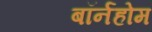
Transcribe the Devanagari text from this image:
बॉर्नहोम